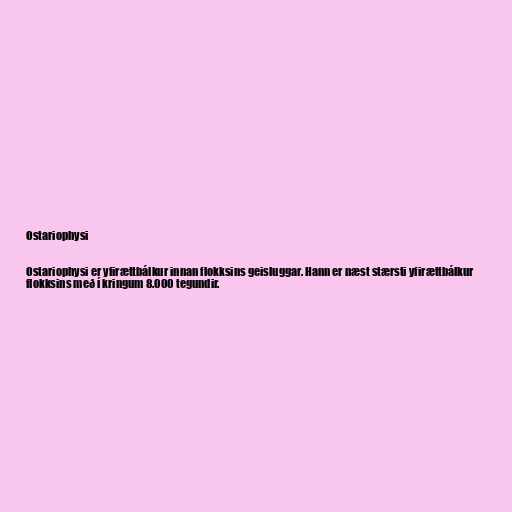
Ostariophysi

Ostariophysi er yfirættbálkur innan flokksins geisluggar. Hann er næst stærsti yfirættbálkur
flokksins með í kringum 8.000 tegundir.